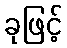
ခုဖြင့်